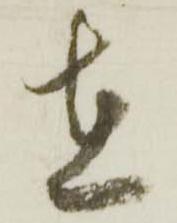
在